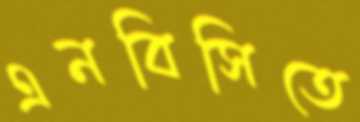
এনবিসিতে